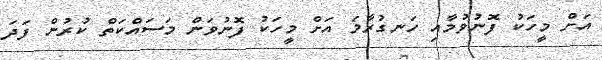
އަށް މީހަކު ފޮނުވުމާއި ހަނގުރާމަ އަށް މީހަކު ފޮނުވަން މަސައްކަތް ކުރުން ފަދަ